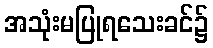
အသုံးမပြုရသေးခင်၌